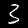
Digit: 3